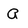
Character: a